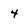
Character: 4